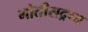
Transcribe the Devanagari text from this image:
मोतीसद्रष्य